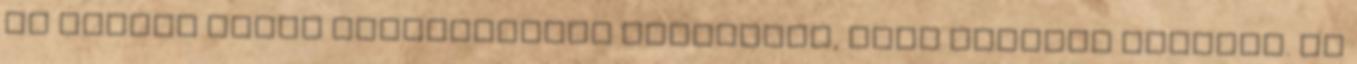
is baromi rossz szerkezetben elkölteni, lásd mostani kormány. És